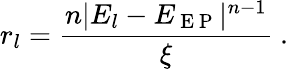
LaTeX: r_{l}=\frac{n|E_{l}-E_{\mathrm{~E~P~}}|^{n-1}}{\xi}\ .